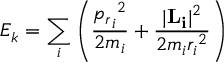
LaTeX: E _ { k } = \sum _ { i } \left( { \frac { { { p _ { r } } _ { i } } ^ { 2 } } { 2 m _ { i } } } + { \frac { | { \bf { { L } _ { i } } } | ^ { 2 } } { 2 m _ { i } { r _ { i } } ^ { 2 } } } \right)